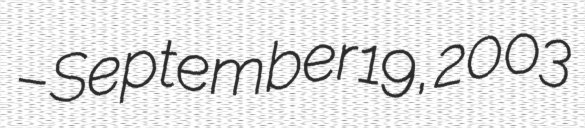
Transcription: – September 19, 2003